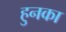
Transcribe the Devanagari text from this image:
हुनका